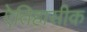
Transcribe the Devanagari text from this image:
एेतिहासीक